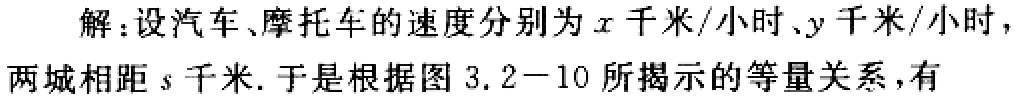
解：设汽车、摩托车的速度分别为\(x\)千米/小时、\(y\)千米/小时，两城相距\(s\)千米. 于是根据图 \(3.2 - 10\) 所揭示的等量关系，有